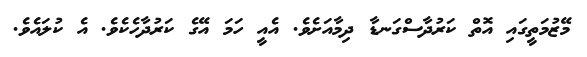
މޭޒުމަތީގައި އޮތް ކަރުދާސްގަނޑާ ދިމާއަށެވެ. އެއީ ހަމަ އޭގެ ކަރުދާހެކެވެ. އެ ކުލައެވެ.